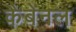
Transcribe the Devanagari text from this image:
कैबेनल